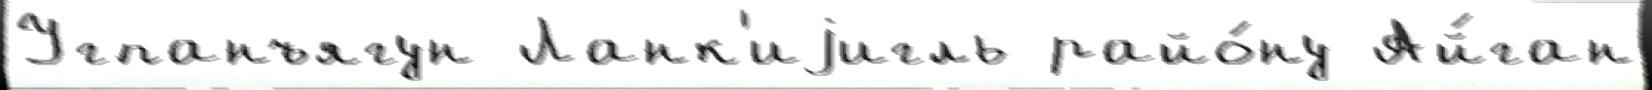
Угпанъягун Ланк'иjигль райо́ну Ай́ган